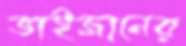
ভাইজানের